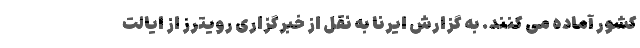
کشور آماده می کنند. به گزارش ایرنا به نقل از خبرگزاری رویترز از ایالت